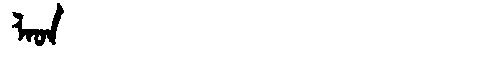
Manchu: ᠯᠠᡠᠨ
Romanization: LAUN